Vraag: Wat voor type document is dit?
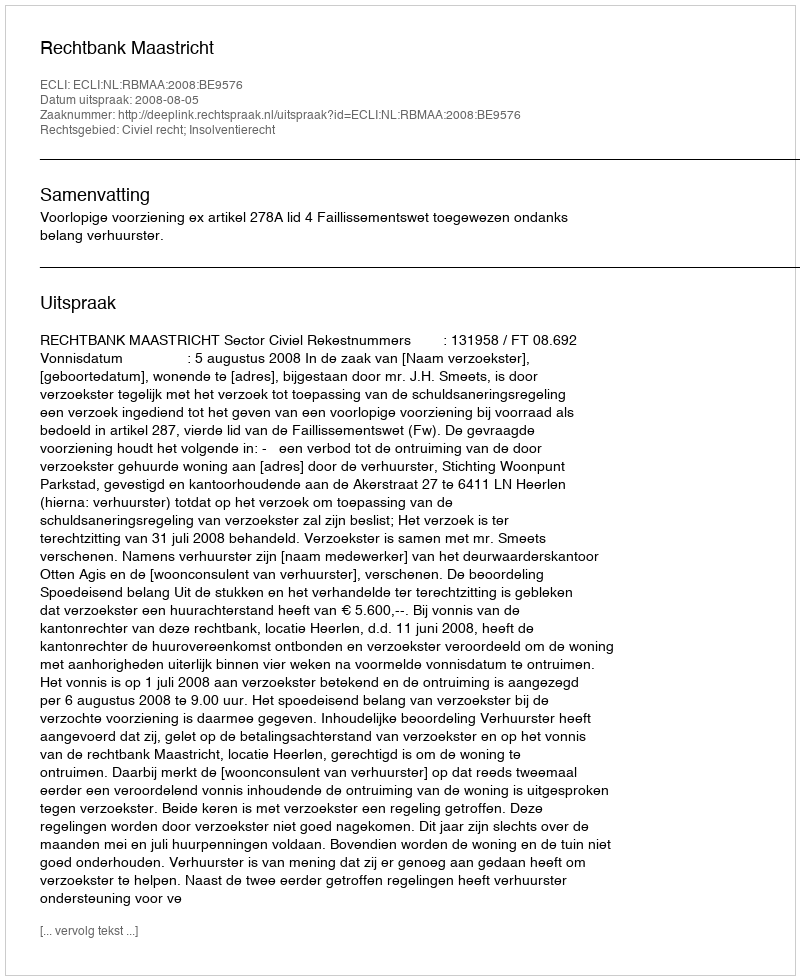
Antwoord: Uitspraak